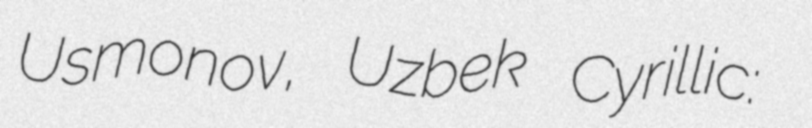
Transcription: Usmonov, Uzbek Cyrillic: Мираброр